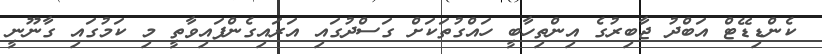
ކެންޑިޑޭޓް އަބްދު ޖާބިރުގެ އިންތިހާބީ ހައްގުތަކަށް ގަސްދުގައި އަރައިގެންފައިވާތީ މި ކަމުގައި ގާނޫނީ